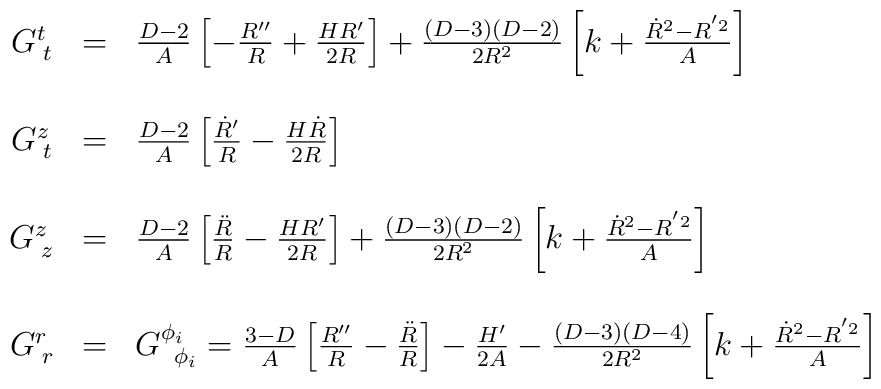
\left.\begin{array}{ccl}G^{t}_{\;t}&=& \frac{D-2}{A} \left[ - \frac{R''}{R} + \frac{H R'}{2 R} \right] + \frac{(D-3)(D-2)}{2R^2}\left[ k + \frac{\dot{R}^2 - R^{'2}}{A} \right] \\{\mbox{ }}& & {\mbox{ }}\\G^{z}_{\;t}&=& \frac{D-2}{A} \left[ {{\dot{R}'}\over{R}}-{{H\dot{R}}\over{2 R}} \right]\\{\mbox{ }}& & {\mbox{ }}\\G^{z}_{\;z}&=&  \frac{D-2}{A} \left[ \frac{\ddot{R}}{R} - \frac{H R'}{2 R} \right]+ \frac{(D-3)(D-2)}{2R^2} \left[ k + \frac{\dot{R}^2 - R^{'2}}{A} \right] \\{\mbox{ }}& & {\mbox{ }}\\G^{r}_{\;r}&=&G^{\phi_i}_{\;\;\phi_i}= \frac{3-D}{A} \left[ {{R''}\over{R}} - {{\ddot{R}}\over{R}} \right]  -{{H'}\over{2A}} - \frac{(D-3)(D-4)}{2R^2} \left[ k + \frac{\dot{R}^2 - R^{'2}}{A} \right]          \end{array}  \right.